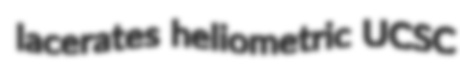
lacerates heliometric UCSC